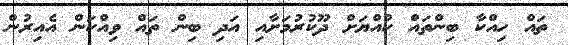
ތައް ހިއްކާ ބިންތައް ކުއްޔަށް ދޫކުރުމަށާއި އަދި ބިން ތައް ވިއްކަން އެއިރުން